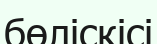
бөліскісі